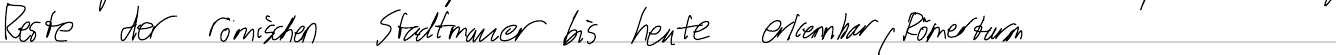
Reste der römischen Stadtmauer bis heute erkennbar, Römerturm